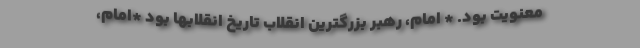
معنویت بود. * امام، رهبر بزرگترین انقلاب تاریخ انقلابها بود *امام،